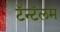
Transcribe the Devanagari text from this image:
टॅन्टॅलम